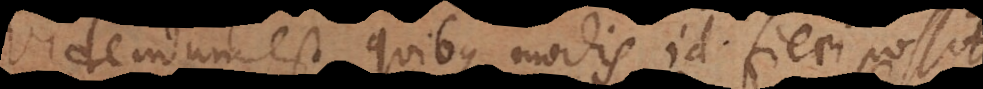
videndum est quibus modis id fieri possit.